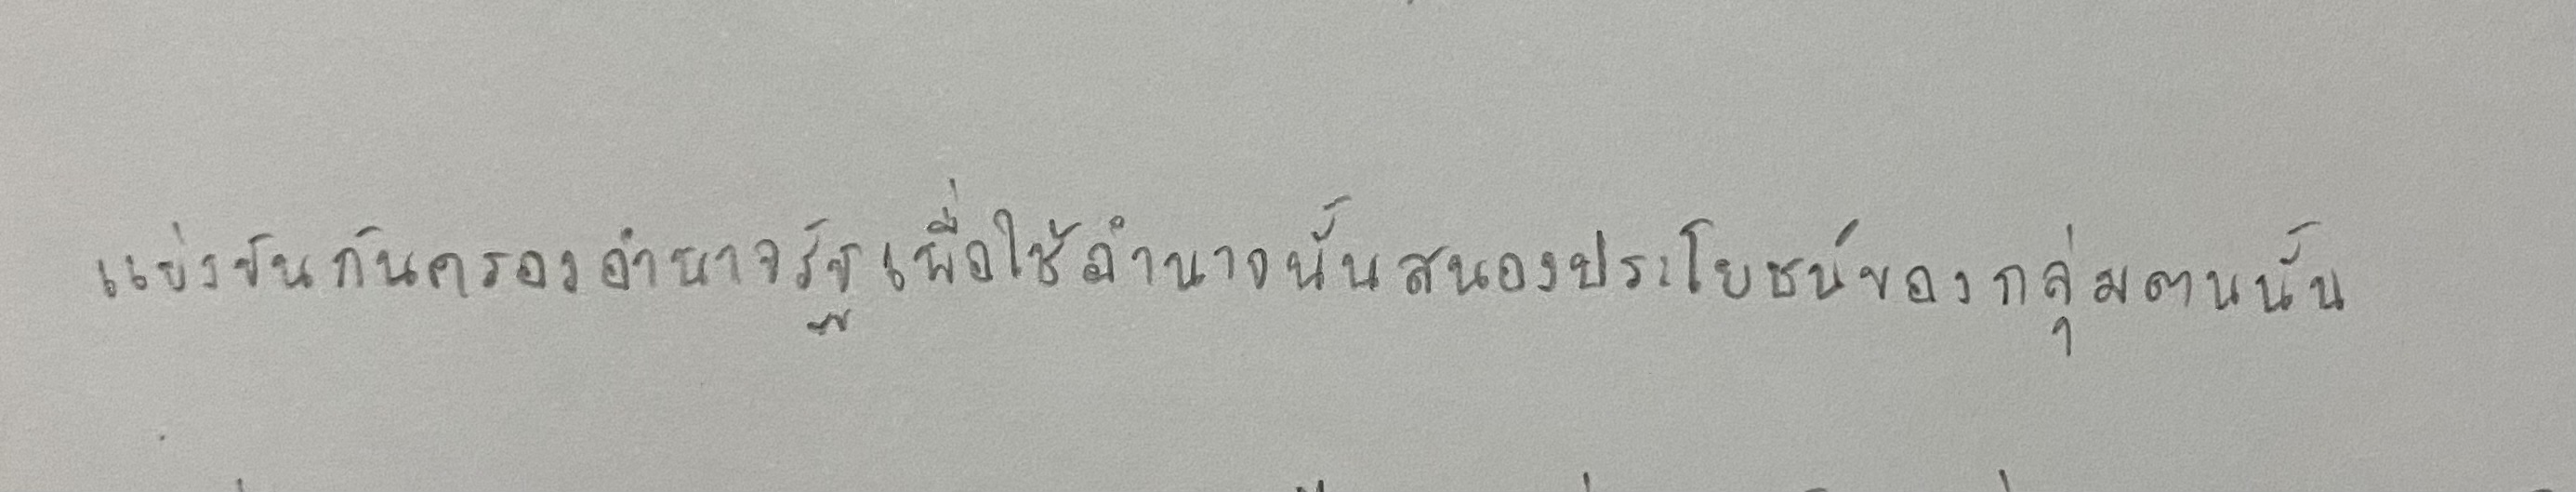
แข่งขันกันครองอำนาจรัฐเพื่อใช้อำนาจนั้นสนองประโยชน์ของกลุ่มตนนั้น